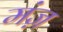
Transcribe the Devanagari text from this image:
मंज़